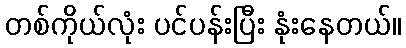
တစ်ကိုယ်လုံး ပင်ပန်းပြီး နုံးနေတယ်။